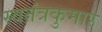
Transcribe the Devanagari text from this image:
स्वतंत्रकुमार